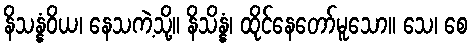
နိသန္နံဝိယ၊ နေသကဲ့သို့။ နိသိန္နံ၊ ထိုင်နေတော်မူသော။ သေ၊ စေ